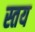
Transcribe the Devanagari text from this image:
स्तय